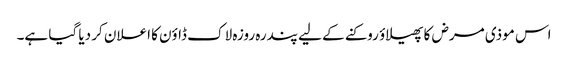
اس موذی مرض کا پھیلاؤ روکنے کے لیے پندرہ روزہ لاک ڈاؤن کا اعلان کر دیا گیا ہے۔